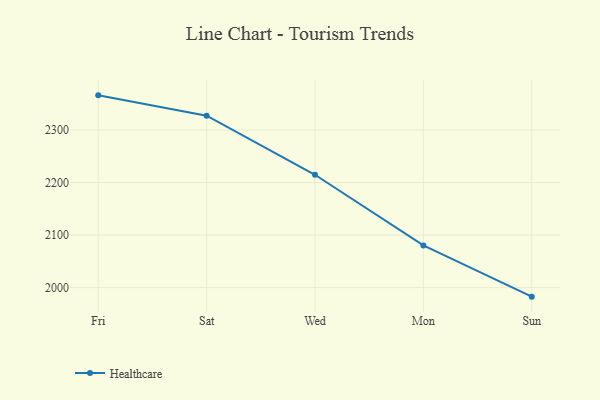
{"axis": {"x": "Day", "y": "Inventory Turnover"}, "legend": ["Healthcare"], "data": [{"x": "Fri", "y": 2366.1, "type": "Healthcare"}, {"x": "Sat", "y": 2327.4, "type": "Healthcare"}, {"x": "Wed", "y": 2214.9, "type": "Healthcare"}, {"x": "Mon", "y": 2080.3, "type": "Healthcare"}, {"x": "Sun", "y": 1982.8, "type": "Healthcare"}]}